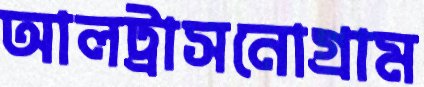
আলট্রাসনোগ্রাম